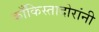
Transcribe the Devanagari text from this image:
काँकिस्तादोरांनी